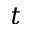
t